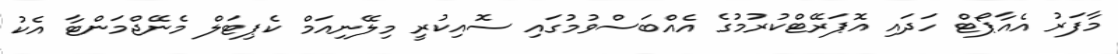
މާފަރު އެއާޕޯޓް ހަދައި އޮޕަރޭޓްކުރުމުގެ އެއްބަސްވުމުގައި ސޮއިކުރީ މިލޭނިއަމް ކެޕިޓަލް މެނޭޖްމަންޓާ އެކު